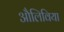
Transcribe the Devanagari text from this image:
औलिविया